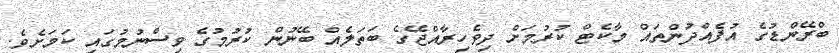
ބްރޭންޑުގެ އުފެއްދުންތައް މާކެޓް ކުރުމަށް ދިވެހިރާއްޖޭގެ ބަތަލެއް ބޭނުން ކުރުމުގެ ވިސްނުމުގައި ކަމަށެވެ.